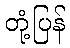
တုံ့ပြန်